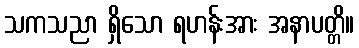
သကသညာ ရှိသော ရဟန်းအား အနာပတ္တိ။